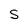
Character: S